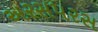
અરસપરસ